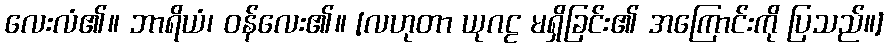
လေးလံ၏။ ဘာရိယံ၊ ဝန်လေး၏။ [လဟုတာ ယုဂဠ မရှိခြင်း၏ အကြောင်းကို ပြသည်။]